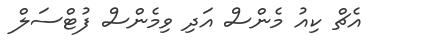
އެޗް ކިއު މެންސް އަދި ވިމެންސް ފުޓްސަލް